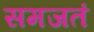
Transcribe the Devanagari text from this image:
समजतं